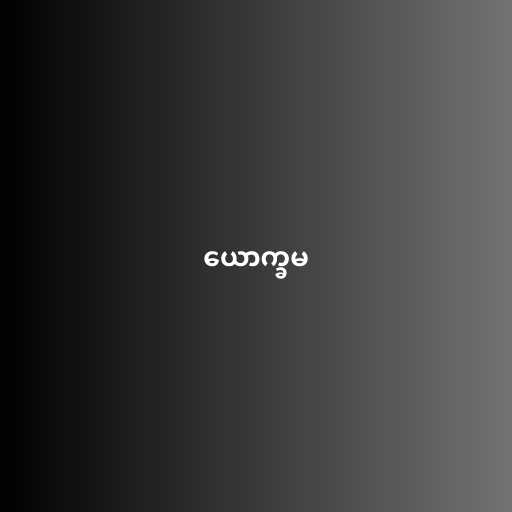
ယောက္ခမ